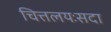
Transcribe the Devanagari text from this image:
चित्तलयःसदा